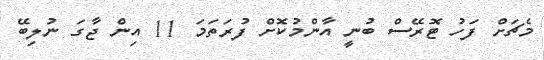
މެޗަށް ފަހު ޓޮރޭސް ބުނީ އާންމުކޮށް ފުރަތަމަ 11 އިން ޖާގަ ނުލިބޭ